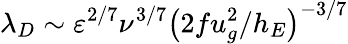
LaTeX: \lambda_{D}\sim\varepsilon^{{2/7}}\nu^{{3/7}}\left({2fu_{g}^{2}/h_{E}}\right)^{-{3/7}}